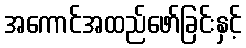
အကောင်အထည်ဖော်ခြင်းနှင့်